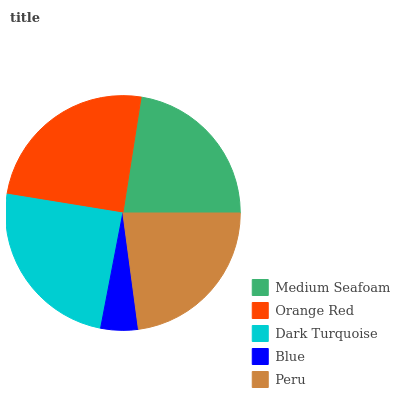
| Medium Seafoam | Orange Red | Dark Turquoise | Blue | Peru |
 | --- | --- | --- | --- | --- |
 | 22.4% | 25% | 24.5% | 5.14% | 22.9% |